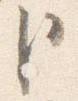
臣